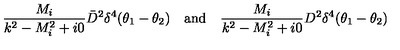
\frac { M _ { i } } { k ^ { 2 } - M _ { i } ^ { 2 } + i 0 } \bar { D } ^ { 2 } \delta ^ { 4 } ( \theta _ { 1 } - \theta _ { 2 } ) \quad \mathrm { a n d } \quad \frac { M _ { i } } { k ^ { 2 } - M _ { i } ^ { 2 } + i 0 } D ^ { 2 } \delta ^ { 4 } ( \theta _ { 1 } - \theta _ { 2 } )